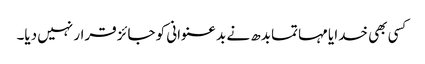
کسی بھی خدا یا مہاتما بدھ نے بد عنوانی کو جائز قرار نہیں دیا۔